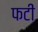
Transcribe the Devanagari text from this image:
फटीं